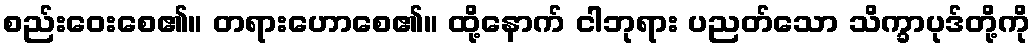
စည်းဝေးစေ၏။ တရားဟောစေ၏။ ထို့နောက် ငါဘုရား ပညတ်သော သိက္ခာပုဒ်တို့ကို